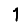
Digit: 1